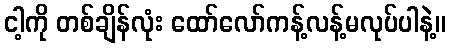
ငါ့ကို တစ်ချိန်လုံး ထော်လော်ကန့်လန့်မလုပ်ပါနဲ့။